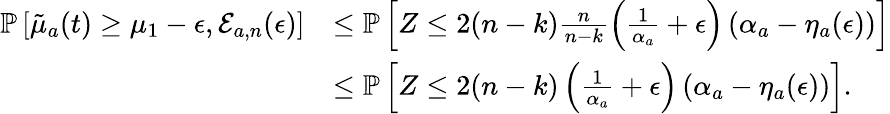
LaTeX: \begin{array}{rl}{\mathbb{P}\left[\tilde{\mu}_{a}(t)\geq\mu_{1}-\epsilon,\mathcal{E}_{a,n}(\epsilon)\right]}&{\leq\mathbb{P}\left[Z\leq 2(n-k)\frac{n}{n-k}\left(\frac{1}{\alpha_{a}}+\epsilon\right)\left(\alpha_{a}-\eta_{a}(\epsilon)\right)\right]}\\ &{\leq\mathbb{P}\left[Z\leq 2(n-k)\left(\frac{1}{\alpha_{a}}+\epsilon\right)\left(\alpha_{a}-\eta_{a}(\epsilon)\right)\right].}\end{array}